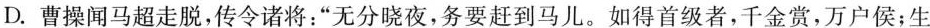
D.曹操闻马超走脱，传令诸将：”无分晓夜，务要赶到马儿。如得首级者，千金赏，万户侯；生